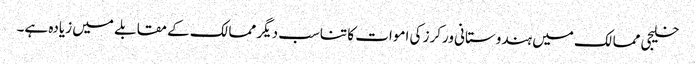
خلیجی ممالک میں ہندوستانی ورکرز کی اموات کا تناسب دیگر ممالک کے مقابلے میں زیادہ ہے۔